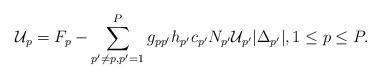
LaTeX: \begin{align*} \mathcal{U}_p = F_p - \sum^{P}_{p' \neq p,p' = 1}g_{pp'}h_{p'}c_{p'}N_{p'}\mathcal{U}_{p'}|\Delta_{p'}|, 1\leq p\leq P. \end{align*}